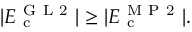
| E _ { \mathrm { ~ c ~ } } ^ { \mathrm { ~ G ~ L ~ 2 ~ } } | \geq | E _ { \mathrm { ~ c ~ } } ^ { \mathrm { ~ M ~ P ~ 2 ~ } } | .